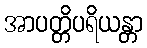
အာပတ္တိပရိယန္တာ